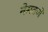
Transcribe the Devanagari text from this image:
नेसवणे